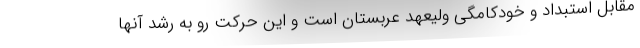
مقابل استبداد و خودکامگی ولیعهد عربستان است و این حرکت رو به رشد آنها